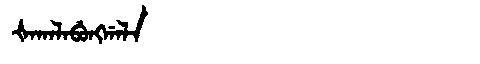
Manchu: ᡧᠠᡴᠠᠯᠠᠪᡠᠩᡤᠠᠯᠠ
Romanization: ŠAKALABUNGGALA